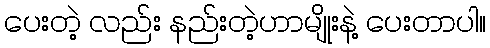
ပေးတဲ့ လည်း နည်းတဲ့ဟာမျိုးနဲ့ ပေးတာပါ။